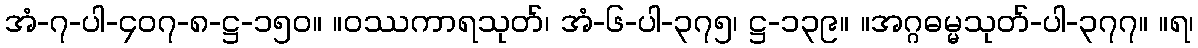
အံ-၇-ပါ-၄၀၇-၈-ဋ္ဌ-၁၅၀။ ။ဝဿကာရသုတ်၊ အံ-၆-ပါ-၃၇၅၊ ဋ္ဌ-၁၃၉။ ။အဂ္ဂဓမ္မသုတ်-ပါ-၃၇၇။ ။ရ၊